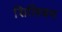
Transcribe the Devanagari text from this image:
सिलिबम